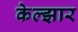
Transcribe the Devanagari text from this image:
केल्झार